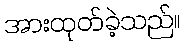
အားထုတ်ခဲ့သည်။